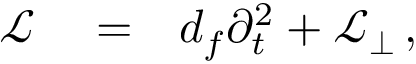
\begin{array} { r l r } { \mathcal { L } } & { { } = } & { d _ { f } \partial _ { t } ^ { 2 } + \mathcal { L } _ { \perp } \, , } \end{array}